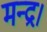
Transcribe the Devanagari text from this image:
मन्द्र।